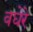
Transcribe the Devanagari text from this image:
वघेरे